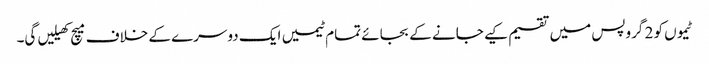
ٹیموں کو 2 گروپس میں تقسیم کیے جانے کے بجائے تمام ٹیمیں ایک دوسرے کے خلاف میچ کھیلیں گی۔